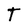
Character: T